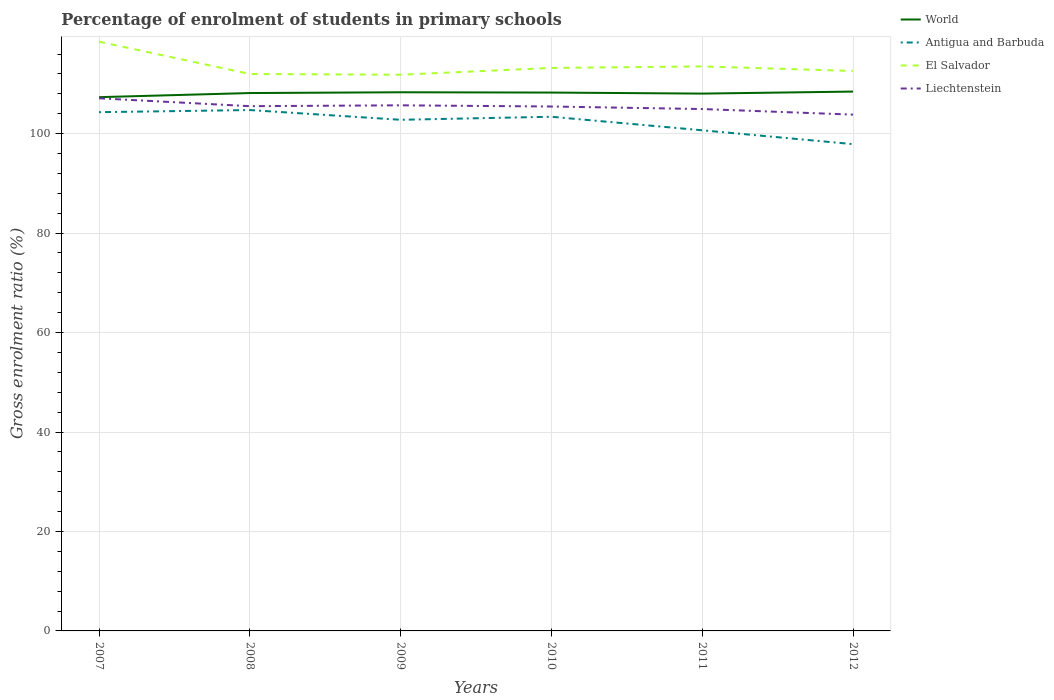
| Years | World | Antigua and Barbuda | El Salvador | Liechtenstein |
 | --- | --- | --- | --- | --- |
 | 2007 | 107 | 104 | 118 | 107 |
 | 2008 | 108 | 105 | 112 | 106 |
 | 2009 | 108 | 103 | 112 | 106 |
 | 2010 | 108 | 103 | 113 | 105 |
 | 2011 | 108 | 101 | 114 | 105 |
 | 2012 | 108 | 97.9 | 113 | 104 |